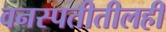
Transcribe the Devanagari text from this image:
वनस्पतीतीलही